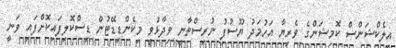
އިލެކްޝަންސް ކޮމިޝަންގެ ވެރިޔާ އަހުމަދު ޔޫސުފު ނުރިސްތާނީ ވިދާޅުވީ މިކެންޑިޑޭޓުން ޑިސްކޮލިފައިކޮށްފައި ވަނީ